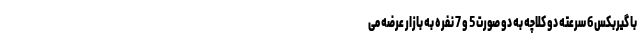
با گیربکس 6 سرعته دو کلاچه به دو صورت 5 و 7 نفره به بازار عرضه می